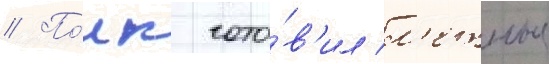
// По́лк гото́в'ил л'етные